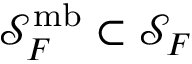
\mathcal { S } _ { F } ^ { \mathrm { m b } } \subset \mathcal { S } _ { F }